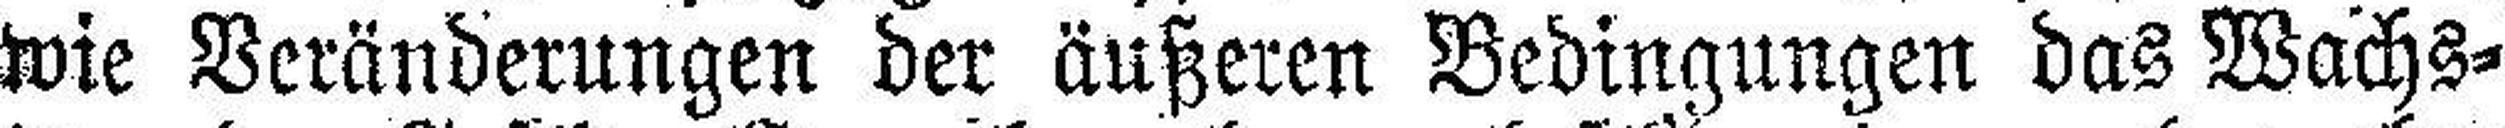
wie Veränderungen der äußeren Bedingungen das Wachs¬